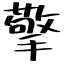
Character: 擎